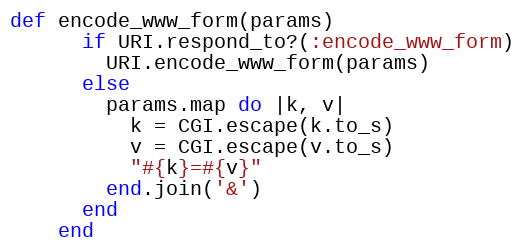
Language: Ruby
def encode_www_form(params)
      if URI.respond_to?(:encode_www_form)
        URI.encode_www_form(params)
      else
        params.map do |k, v|
          k = CGI.escape(k.to_s)
          v = CGI.escape(v.to_s)
          "#{k}=#{v}"
        end.join('&')
      end
    end